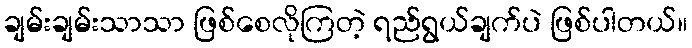
ချမ်းချမ်းသာသာ ဖြစ်စေလိုကြတဲ့ ရည်ရွယ်ချက်ပဲ ဖြစ်ပါတယ်။